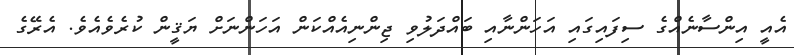
އެއީ އިންސާނެއްގެ ސިފައިގައި އަހަންނާއި ބައްދަލުވި ޖިންނިއެއްކަން އަހަންނަށް ޔަޤީން ކުރެވެއެވެ. އެރޭގެ